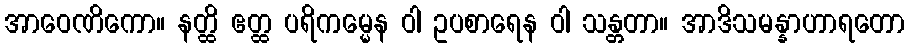
အာဝေဏိကော။ နတ္ထိ ဧတ္ထ ပရိကမ္မေန ဝါ ဥပစာရေန ဝါ သန္တတာ။ အာဒိသမန္နာဟာရတော